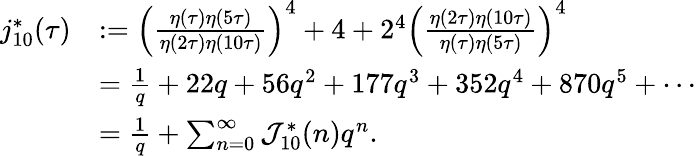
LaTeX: \begin{array}{rl}{j_{10}^{*}(\tau)}&{:=\left(\frac{\eta(\tau)\eta(5\tau)}{\eta(2\tau)\eta(10\tau)}\right)^{4}+4+2^{4}\left(\frac{\eta(2\tau)\eta(10\tau)}{\eta(\tau)\eta(5\tau)}\right)^{4}}\\ &{=\frac{1}{q}+22q+56q^{2}+177q^{3}+352q^{4}+870q^{5}+\cdots}\\ &{=\frac{1}{q}+\sum_{n=0}^{\infty}\mathcal{J}_{10}^{*}(n)q^{n}.}\end{array}